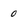
Character: 0